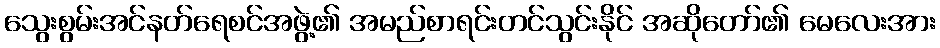
သွေးစွမ်းအင်နတ်ရေစင်အဖွဲ့၏ အမည်စာရင်းတင်သွင်းနိုင် အဆိုတော်၏ မေလေးအား